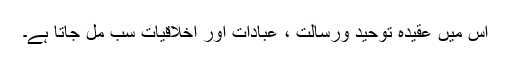
اس میں عقیدہ توحید ورسالت ، عبادات اور اخلاقیات سب مل جاتا ہے۔